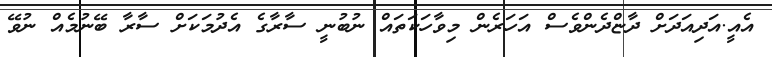
އެއީ.އަދިއަދަށް ދާޏްދެންވެސް އަހަރެން މިވާހަކަތައް ނުބުނީ ސާރާގެ އެދުމަކަށް ސާރާ ބޭނުމެއް ނުވޭ